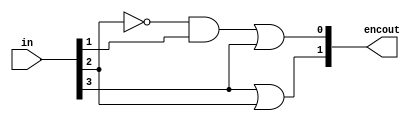
`timescale 1ns / 1ps
module priorityencoder_4X1(
output [1:0]encout,input [3:0]in);
wire not_I2,and_1;

not G2(not_I2,in[2]);
and G1(and_1,not_I2,in[1]);
or G3(encout[1],in[3],in[2]),
   G4(encout[0],and_1,in[3]);
endmodule